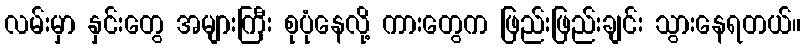
လမ်းမှာ နှင်းတွေ အများကြီး စုပုံနေလို့ ကားတွေက ဖြည်းဖြည်းချင်း သွားနေရတယ်။